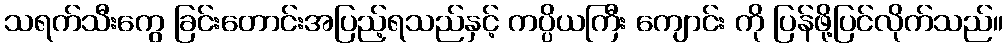
သရက်သီးကွေ ခြင်းတောင်းအပြည့်ရသည်နှင့် ကပ္ပိယကြီး ကျောင်း ကို ပြန်ဖို့ပြင်လိုက်သည်။